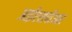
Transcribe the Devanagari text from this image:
आईएसपीआर